Plague in India, 1896, 1897 - Volume 1
Year: 1896
Disease focus: Plague
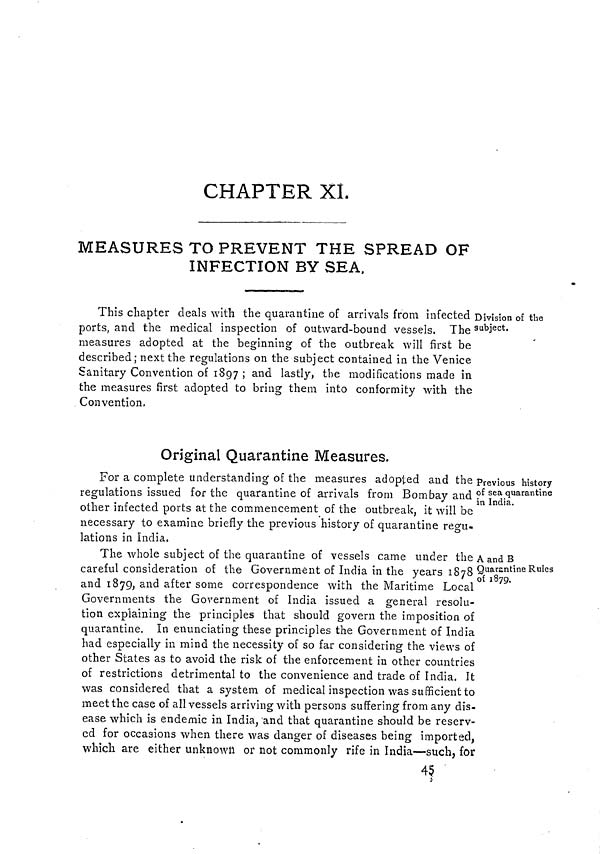
CHAPTER XL
MEASURES TO PREVENT THE SPREAD OF
INFECTION BY SEA.
Division of the
subject.
This chapter deals with the quarantine of arrivals from infected
ports, and the medical inspection of outward-bound vessels. The
measures adopted at the beginning of the outbreak will first be
described; next the regulations on the subject contained in the Venice
Sanitary Convention of 1897 ; and lastly, the modifications made in
the measures first adopted to bring them into conformity with the
Convention.
Original Quarantine Measures.
Previous history
of sea quarantine
in India.
For a complete understanding of the measures adopted and the
regulations issued for the quarantine of arrivals from Bombay and
other infected ports at the commencement of the outbreak, it will be
necessary to examine briefly the previous history of quarantine regu-
lations in India.
A and B
Quarantine Rules
of 1879.
The whole subject of the quarantine of vessels came under the
careful consideration of the Government of India in the years 1878
and 1879, and after some correspondence with the Maritime Local
Governments the Government of India issued a general resolu-
tion explaining the principles that should govern the imposition of
quarantine. In enunciating these principles the Government of India
had especially in mind the necessity of so far considering the views of
other States as to avoid the risk of the enforcement in other countries
of restrictions detrimental to the convenience and trade of India. It
was considered that a system of medical inspection was sufficient to
meet the case of all vessels arriving with persons suffering from any dis-
ease which is endemic in India, and that quarantine should be reserv-
ed for occasions when there was danger of diseases being imported,
which, are either unknown or not commonly rife in India—such, for
45